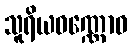
သူရိယဝဏ္ဏောဝ